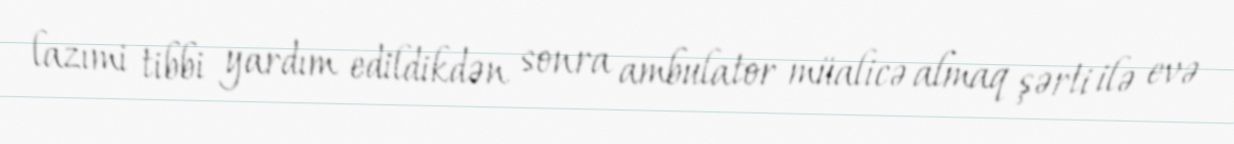
lazımi tibbi yardım edildikdən sonra ambulator müalicə almaq şərti ilə evə